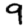
Digit: 9